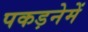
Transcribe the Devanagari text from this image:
पकड़नेमें